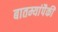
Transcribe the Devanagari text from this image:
बातम्यांपैकी